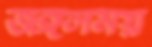
জঙ্গলময়